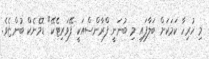
މި ހުރިހާ ކަމަކަށް ބަލާފައި މި ބުނަނީ ފްރާންސްއަކީ ފޭވަރިޓެކޭ" ޑޮމެނެކް ބުންޏެވެ.